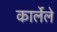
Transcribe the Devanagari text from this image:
कार्लेले